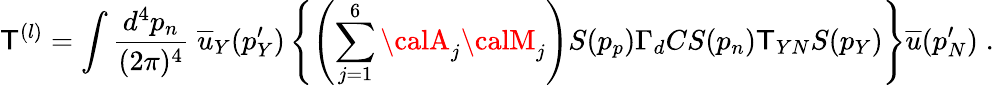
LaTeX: \mathsf{T}^{(l)}=\int\frac{{d^{4}p_{n}}}{{(2\pi)^{4}}}\; \overline{{{{u}}}}_{Y}(p_{Y}^{\prime})\left\{ \left(\sum_{j=1}^{6}{\calA}_{j}{\calM}_{j}\right)S(p_{p})\Gamma_{d}CS(p_{n})\mathsf{T}_{YN}S(p_{Y})\right\} \overline{{{{u}}}}(p_{N}^{\prime})\; .